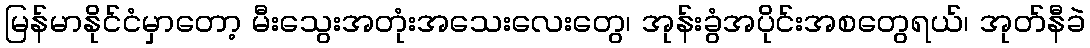
မြန်မာနိုင်ငံမှာတော့ မီးသွေးအတုံးအသေးလေးတွေ၊ အုန်းခွံအပိုင်းအစတွေရယ်၊ အုတ်နီခဲ